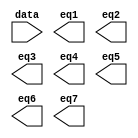
// megafunction wizard: %LPM_DECODE%VBB%
// GENERATION: STANDARD
// VERSION: WM1.0
// MODULE: LPM_DECODE 

// ============================================================
// Megafunction Name(s):
// 			LPM_DECODE
//
// Simulation Library Files(s):
// 			lpm
// ============================================================
// ************************************************************
// THIS IS A WIZARD-GENERATED FILE. DO NOT EDIT THIS FILE!
//
// 13.1.0 Build 162 10/23/2013 SJ Web Edition
// ************************************************************

//Copyright (C) 1991-2013 Altera Corporation
//Your use of Altera Corporation's design tools, logic functions 
//and other software and tools, and its AMPP partner logic 
//functions, and any output files from any of the foregoing 
//(including device programming or simulation files), and any 
//associated documentation or information are expressly subject 
//to the terms and conditions of the Altera Program License 
//Subscription Agreement, Altera MegaCore Function License 
//Agreement, or other applicable license agreement, including, 
//without limitation, that your use is for the sole purpose of 
//programming logic devices manufactured by Altera and sold by 
//Altera or its authorized distributors.  Please refer to the 
//applicable agreement for further details.

module InstrDecoder (
	data,
	eq1,
	eq2,
	eq3,
	eq4,
	eq5,
	eq6,
	eq7);

	input	[2:0]  data;
	output	  eq1;
	output	  eq2;
	output	  eq3;
	output	  eq4;
	output	  eq5;
	output	  eq6;
	output	  eq7;

endmodule

// ============================================================
// CNX file retrieval info
// ============================================================
// Retrieval info: PRIVATE: BaseDec NUMERIC "1"
// Retrieval info: PRIVATE: EnableInput NUMERIC "0"
// Retrieval info: PRIVATE: INTENDED_DEVICE_FAMILY STRING "Cyclone III"
// Retrieval info: PRIVATE: LPM_PIPELINE NUMERIC "0"
// Retrieval info: PRIVATE: Latency NUMERIC "0"
// Retrieval info: PRIVATE: SYNTH_WRAPPER_GEN_POSTFIX STRING "0"
// Retrieval info: PRIVATE: aclr NUMERIC "0"
// Retrieval info: PRIVATE: clken NUMERIC "0"
// Retrieval info: PRIVATE: eq0 NUMERIC "0"
// Retrieval info: PRIVATE: eq1 NUMERIC "1"
// Retrieval info: PRIVATE: eq2 NUMERIC "1"
// Retrieval info: PRIVATE: eq3 NUMERIC "1"
// Retrieval info: PRIVATE: eq4 NUMERIC "1"
// Retrieval info: PRIVATE: eq5 NUMERIC "1"
// Retrieval info: PRIVATE: eq6 NUMERIC "1"
// Retrieval info: PRIVATE: eq7 NUMERIC "1"
// Retrieval info: PRIVATE: nBit NUMERIC "3"
// Retrieval info: PRIVATE: new_diagram STRING "1"
// Retrieval info: LIBRARY: lpm lpm.lpm_components.all
// Retrieval info: CONSTANT: LPM_DECODES NUMERIC "8"
// Retrieval info: CONSTANT: LPM_TYPE STRING "LPM_DECODE"
// Retrieval info: CONSTANT: LPM_WIDTH NUMERIC "3"
// Retrieval info: USED_PORT: @eq 0 0 8 0 OUTPUT NODEFVAL "@eq[7..0]"
// Retrieval info: USED_PORT: data 0 0 3 0 INPUT NODEFVAL "data[2..0]"
// Retrieval info: USED_PORT: eq1 0 0 0 0 OUTPUT NODEFVAL "eq1"
// Retrieval info: USED_PORT: eq2 0 0 0 0 OUTPUT NODEFVAL "eq2"
// Retrieval info: USED_PORT: eq3 0 0 0 0 OUTPUT NODEFVAL "eq3"
// Retrieval info: USED_PORT: eq4 0 0 0 0 OUTPUT NODEFVAL "eq4"
// Retrieval info: USED_PORT: eq5 0 0 0 0 OUTPUT NODEFVAL "eq5"
// Retrieval info: USED_PORT: eq6 0 0 0 0 OUTPUT NODEFVAL "eq6"
// Retrieval info: USED_PORT: eq7 0 0 0 0 OUTPUT NODEFVAL "eq7"
// Retrieval info: CONNECT: @data 0 0 3 0 data 0 0 3 0
// Retrieval info: CONNECT: eq1 0 0 0 0 @eq 0 0 1 1
// Retrieval info: CONNECT: eq2 0 0 0 0 @eq 0 0 1 2
// Retrieval info: CONNECT: eq3 0 0 0 0 @eq 0 0 1 3
// Retrieval info: CONNECT: eq4 0 0 0 0 @eq 0 0 1 4
// Retrieval info: CONNECT: eq5 0 0 0 0 @eq 0 0 1 5
// Retrieval info: CONNECT: eq6 0 0 0 0 @eq 0 0 1 6
// Retrieval info: CONNECT: eq7 0 0 0 0 @eq 0 0 1 7
// Retrieval info: GEN_FILE: TYPE_NORMAL InstrDecoder.v TRUE
// Retrieval info: GEN_FILE: TYPE_NORMAL InstrDecoder.inc FALSE
// Retrieval info: GEN_FILE: TYPE_NORMAL InstrDecoder.cmp FALSE
// Retrieval info: GEN_FILE: TYPE_NORMAL InstrDecoder.bsf TRUE FALSE
// Retrieval info: GEN_FILE: TYPE_NORMAL InstrDecoder_inst.v FALSE
// Retrieval info: GEN_FILE: TYPE_NORMAL InstrDecoder_bb.v TRUE
// Retrieval info: LIB_FILE: lpm